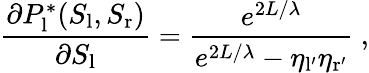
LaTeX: \frac{\partial P_{\mathrm{l}}^{*}(S_{\mathrm{l}},S_{\mathrm{r}})}{\partial S_{\mathrm{l}}}=\frac{e^{2L/\lambda}}{e^{2L/\lambda}-\eta_{\mathrm{l^{\prime}}}\eta_{\mathrm{r^{\prime}}}}\ ,